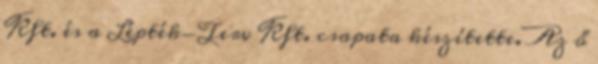
Kft. és a Lépték-Terv Kft. csapata készítette. Az ő